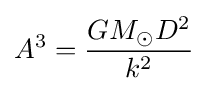
A^{3}={\frac {GM_{\odot }D^{2}}{k^{2}}}